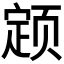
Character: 𬱫